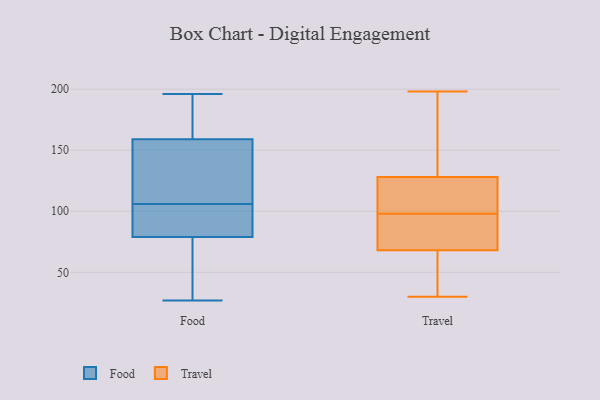
{"axis": {"x": "Shipments", "y": "Value"}, "legend": ["Food", "Travel"], "data": [{"x": "", "y": 74, "type": "Food"}, {"x": "", "y": 79, "type": "Food"}, {"x": "", "y": 159, "type": "Food"}, {"x": "", "y": 27, "type": "Food"}, {"x": "", "y": 193, "type": "Food"}, {"x": "", "y": 93, "type": "Food"}, {"x": "", "y": 84, "type": "Food"}, {"x": "", "y": 196, "type": "Food"}, {"x": "", "y": 151, "type": "Food"}, {"x": "", "y": 119, "type": "Food"}, {"x": "", "y": 88, "type": "Travel"}, {"x": "", "y": 82, "type": "Travel"}, {"x": "", "y": 198, "type": "Travel"}, {"x": "", "y": 111, "type": "Travel"}, {"x": "", "y": 68, "type": "Travel"}, {"x": "", "y": 64, "type": "Travel"}, {"x": "", "y": 128, "type": "Travel"}, {"x": "", "y": 30, "type": "Travel"}, {"x": "", "y": 90, "type": "Travel"}, {"x": "", "y": 198, "type": "Travel"}, {"x": "", "y": 191, "type": "Travel"}, {"x": "", "y": 106, "type": "Travel"}, {"x": "", "y": 119, "type": "Travel"}, {"x": "", "y": 38, "type": "Travel"}]}